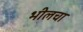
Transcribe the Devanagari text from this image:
भीलचा